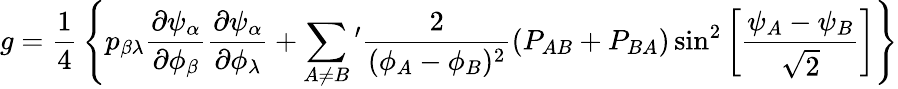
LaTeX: g={\frac{1}{4}}\left\{ p_{\beta\lambda}{\frac{\partial\psi_{\alpha}}{\partial\phi_{\beta}}}{\frac{\partial\psi_{\alpha}}{\partial\phi_{\lambda}}}+\sum_{A\not=B}{'}{\frac{2}{(\phi_{A}-\phi_{B})^{2}}}(P_{AB}+P_{BA})\sin^{2}\left[{\frac{\psi_{A}-\psi_{B}}{\sqrt 2}}\right]\right\}